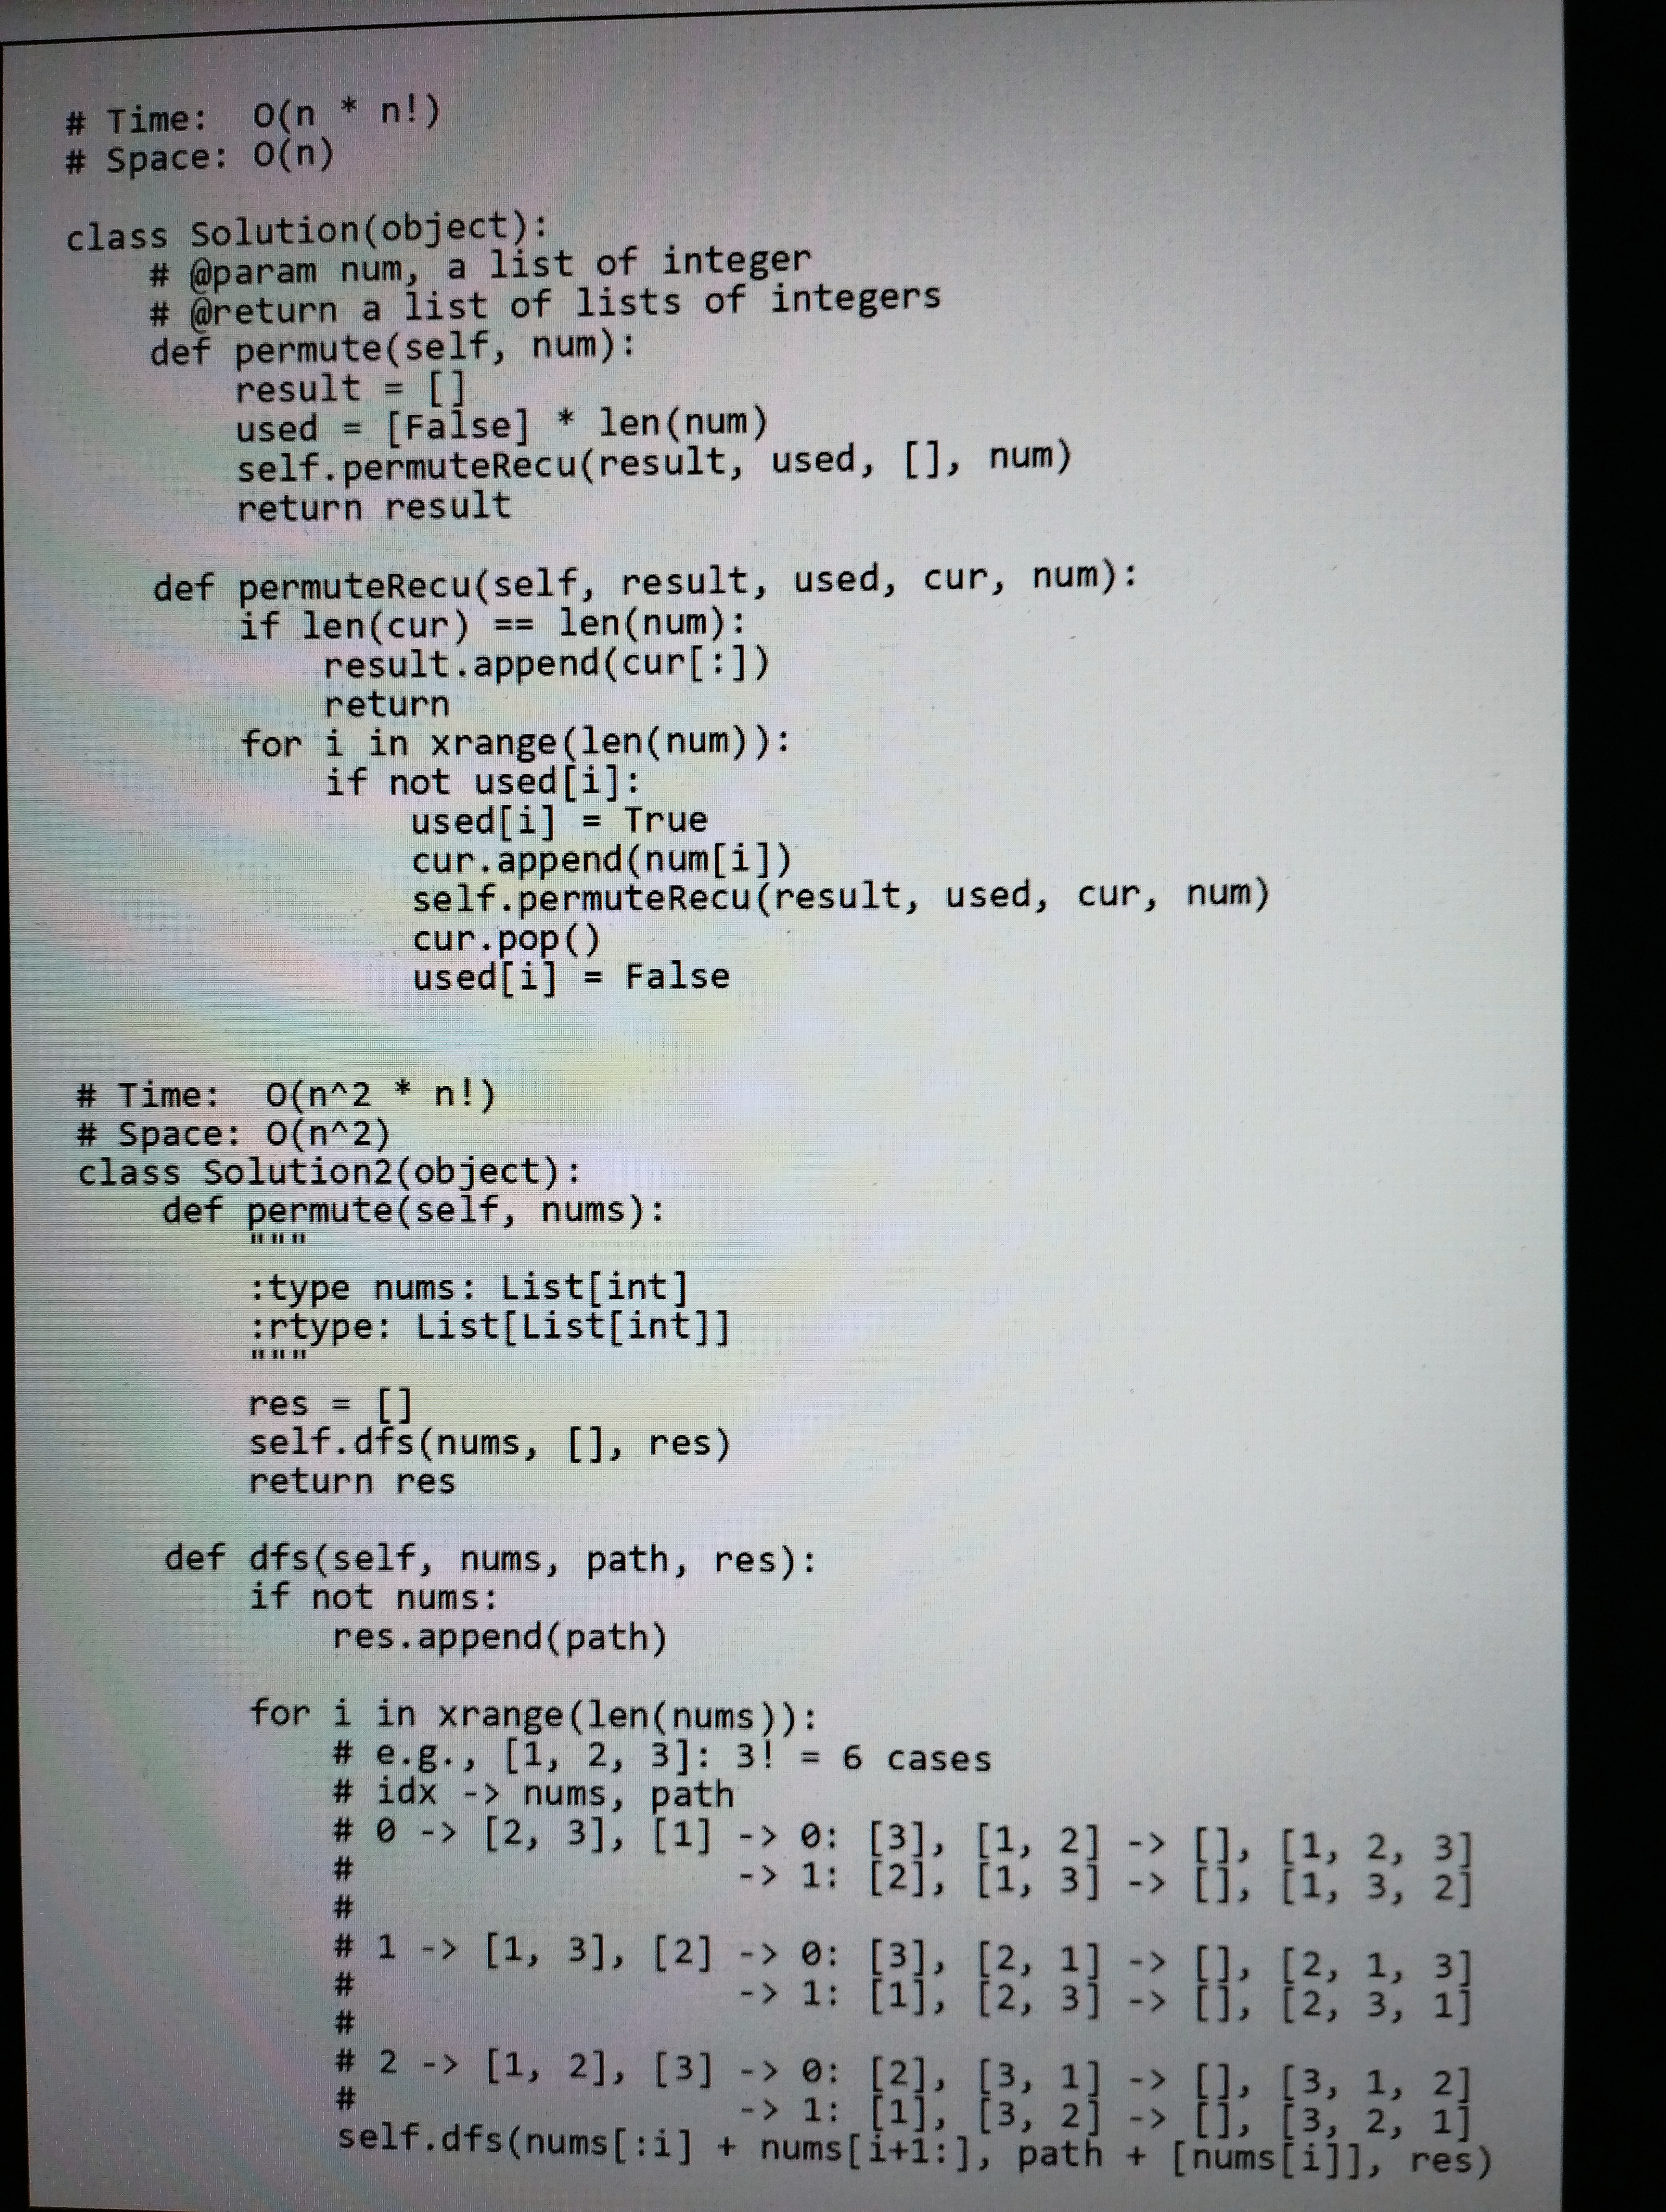
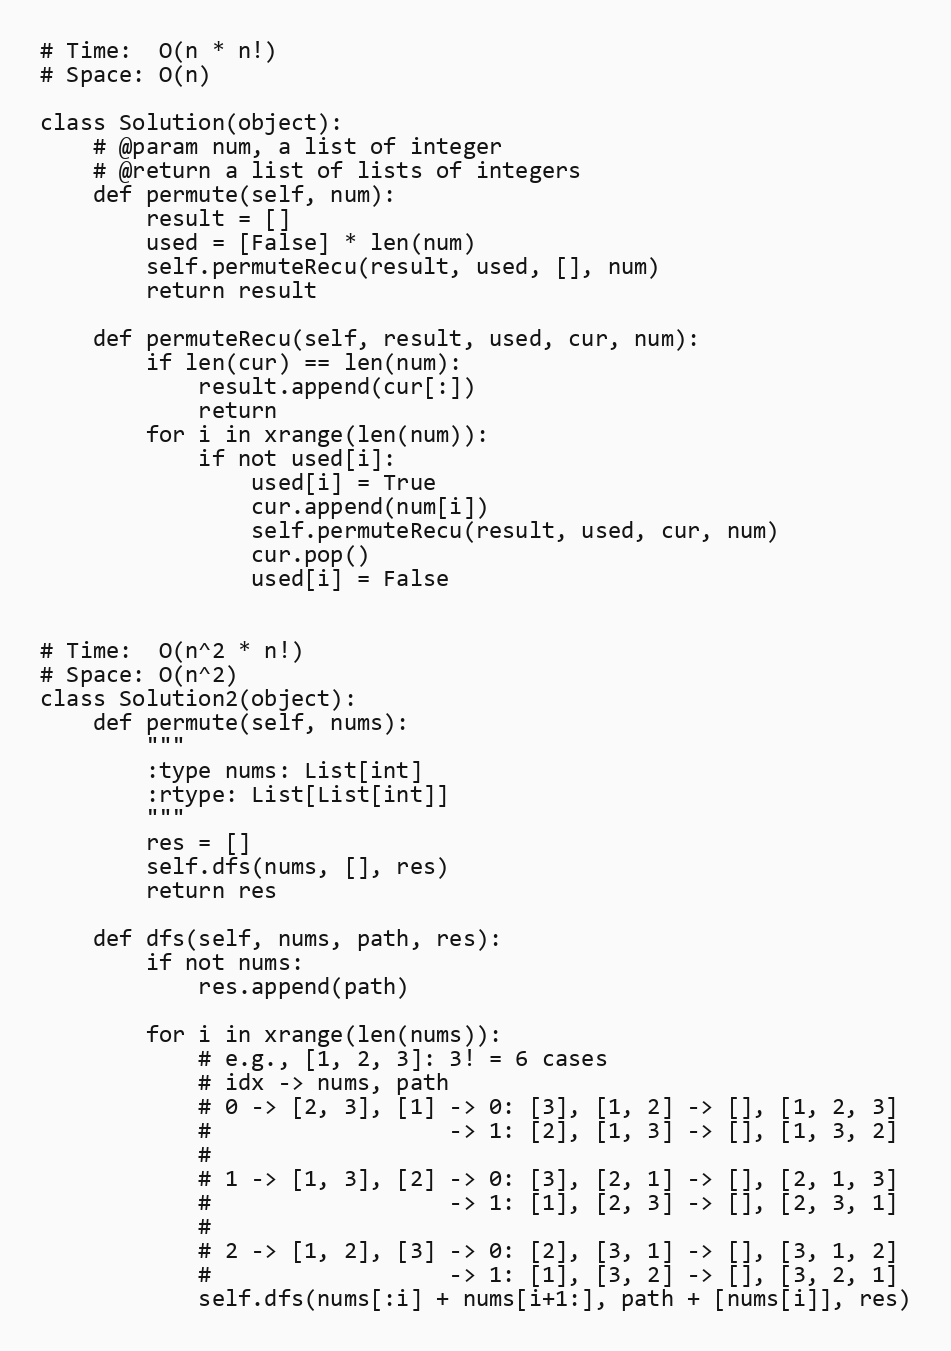
# Time:  O(n * n!)
# Space: O(n)

class Solution(object):
    # @param num, a list of integer
    # @return a list of lists of integers
    def permute(self, num):
        result = []
        used = [False] * len(num)
        self.permuteRecu(result, used, [], num)
        return result

    def permuteRecu(self, result, used, cur, num):
        if len(cur) == len(num):
            result.append(cur[:])
            return
        for i in xrange(len(num)):
            if not used[i]:
                used[i] = True
                cur.append(num[i])
                self.permuteRecu(result, used, cur, num)
                cur.pop()
                used[i] = False

# Time:  O(n^2 * n!)
# Space: O(n^2)
class Solution2(object):
    def permute(self, nums):
        """
        :type nums: List[int]
        :rtype: List[List[int]]
        """
        res = []
        self.dfs(nums, [], res)
        return res

    def dfs(self, nums, path, res):
        if not nums:
            res.append(path)

        for i in xrange(len(nums)):
            # e.g., [1, 2, 3]: 3! = 6 cases
            # idx -> nums, path
            # 0 -> [2, 3], [1] -> 0: [3], [1, 2] -> [], [1, 2, 3]
            #                  -> 1: [2], [1, 3] -> [], [1, 3, 2]
            #
            # 1 -> [1, 3], [2] -> 0: [3], [2, 1] -> [], [2, 1, 3]
            #                  -> 1: [1], [2, 3] -> [], [2, 3, 1]
            #
            # 2 -> [1, 2], [3] -> 0: [2], [3, 1] -> [], [3, 1, 2]
            #                  -> 1: [1], [3, 2] -> [], [3, 2, 1]
            self.dfs(nums[:i] + nums[i+1:], path + [nums[i]], res)